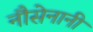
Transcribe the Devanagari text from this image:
नौसेनानी